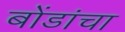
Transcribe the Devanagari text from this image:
बोंडांचा